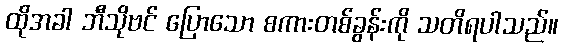
ထိုအခါ ဘီသိုဗင် ပြောသော စကားတစ်ခွန်းကို သတိရပါသည်။